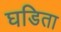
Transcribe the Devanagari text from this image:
घडिता